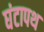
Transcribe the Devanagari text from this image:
घंटापथ